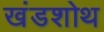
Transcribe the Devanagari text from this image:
खंडशोथ